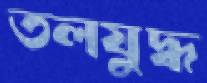
তলযুদ্ধ